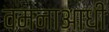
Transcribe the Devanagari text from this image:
वमनाआधी